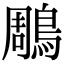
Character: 鵰